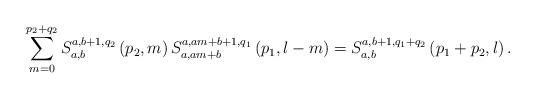
LaTeX: \begin{align*}\sum_{m=0}^{p_{2}+q_{2}}S_{a,b}^{a,b+1,q_{2}}\left( p_{2},m\right)S_{a,am+b}^{a,am+b+1,q_{1}}\left( p_{1},l-m\right)=S_{a,b}^{a,b+1,q_{1}+q_{2}}\left( p_{1}+p_{2},l\right) . \end{align*}